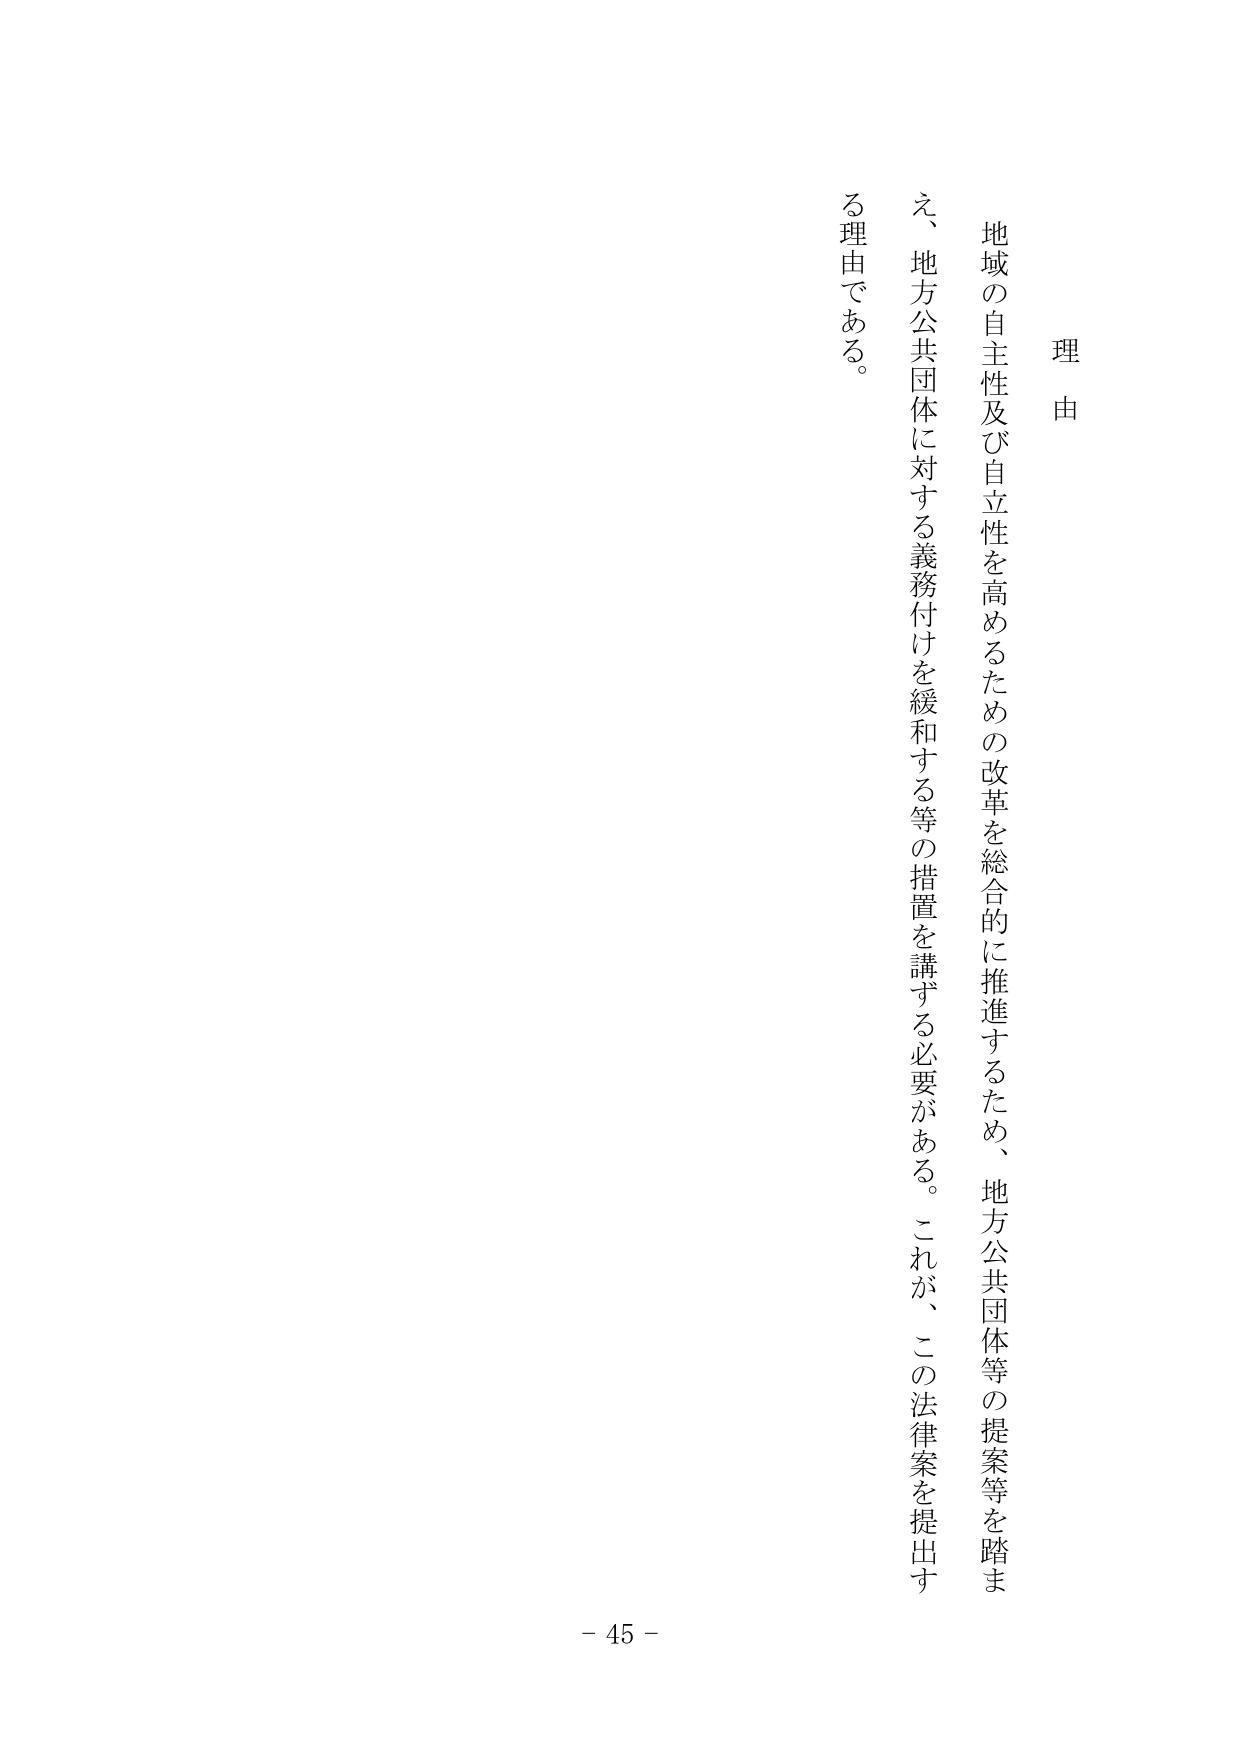
理由

地域の自主性及び自立性を高めるための改革を総合的に推進するため、地方公共団体等の提案等を踏まえ、地方公共団体に対する義務付けを緩和する等の措置を講ずる必要がある。これが、この法律案を提出する理由である。

- 45 -